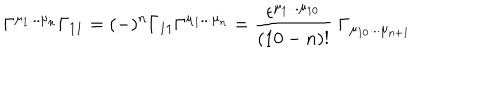
\Gamma ^ { \mu _ { 1 } . . . \mu _ { n } } \Gamma _ { 1 1 } = ( - ) ^ { n } \Gamma _ { 1 1 } \Gamma ^ { \mu _ { 1 } . . . \mu _ { n } } = { \frac { \epsilon ^ { \mu _ { 1 } . . . \mu _ { 1 0 } } } { ( 1 0 - n ) ! } } \; \Gamma _ { \mu _ { 1 0 } . . . \mu _ { n + 1 } }